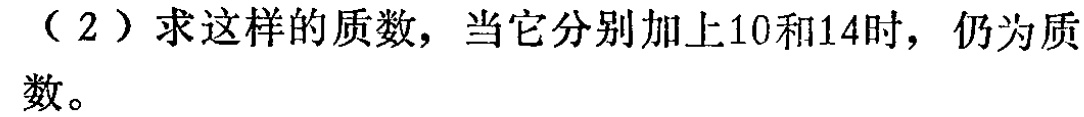
（2）求这样的质数，当它分别加上10和14时，仍为质数。